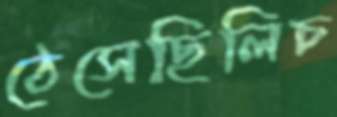
ঠেসেছিলিচ